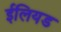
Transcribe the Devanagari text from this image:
ईलियड